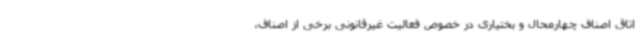
اتاق اصناف چهارمحال و بختیاری در خصوص فعالیت غیرقانونی برخی از اصناف،